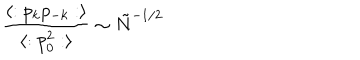
LaTeX: { \frac { \langle : p _ { k } p _ { - k } : \rangle } { \langle : p _ { 0 } ^ { 2 } : \rangle } } \sim { \tilde { N } } ^ { - 1 / 2 }